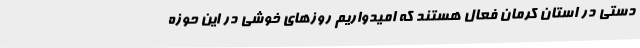
دستی در استان کرمان فعال هستند که امیدواریم روزهای خوشی در این حوزه